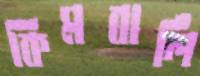
কিমবার্লি